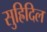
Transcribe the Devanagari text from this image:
सुह्रिदिल